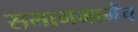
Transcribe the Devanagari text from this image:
समागमानेंच